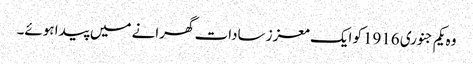
وہ یکم جنوری 1916کو ایک معزز سادات گھرانے میں پیدا ہوئے۔